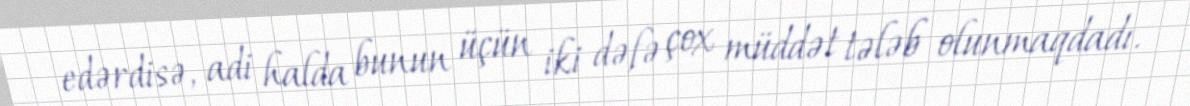
edərdisə, adi halda bunun üçün iki dəfə çox müddət tələb olunmaqdadı.